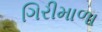
ગિરીમાળા